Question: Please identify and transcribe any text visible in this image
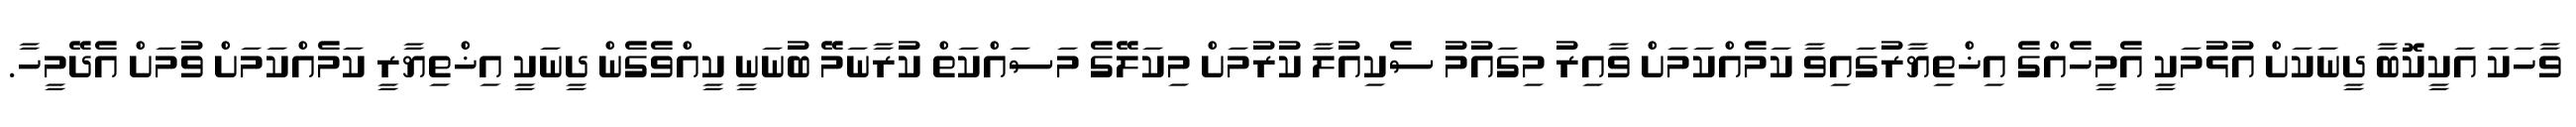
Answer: ވާހަކަ އަކީކޮބާ ދީނަކަށް އުޅުމަކީ އެމީހެއްގެ އިޚްތިޔާރުގައިވާ ކަމެއްކަމަށް ވާއިރު މިގައުމު ސެކިއުލާ ކުރުމަށް މިކަލޭގެ މަސައްކަތް ކުރާނަމޭ ބުނަނީ ކީއްވެގެން ދީނަކީ އިޚްތިޔާރީ ކަމެއްކަމަށް ވުމަށް އެދޭމީހާ.